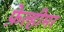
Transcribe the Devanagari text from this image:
फ़ेल्हीमर